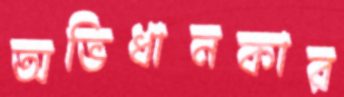
অভিধানকার